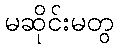
မဆိုင်းမတွ